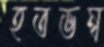
হতভম্ব